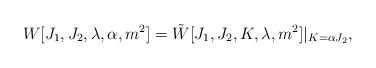
\begin{align*}W[J_1,J_2,\lambda,\alpha,m^2]=\tilde W[J_1,J_2,K,\lambda,m^2]|_{K=\alpha J_2},\end{align*}